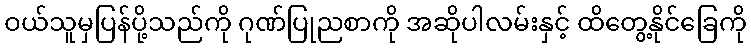
ဝယ်သူမှပြန်ပို့သည်ကို ဂုဏ်ပြုညစာကို အဆိုပါလမ်းနှင့် ထိတွေ့နိုင်ခြေကို